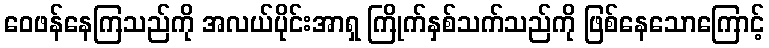
ဝေဖန်နေကြသည်ကို အလယ်ပိုင်းအာရှ ကြိုက်နှစ်သက်သည်ကို ဖြစ်နေသောကြောင့်